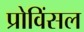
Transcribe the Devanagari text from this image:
प्रोविंसल